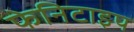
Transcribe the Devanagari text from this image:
फेनिटाइप